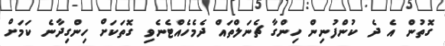
ގޮތުން އެ ދެ ކުންފުނިން ހިންގާ ޗެނަލްތައް ދެމެހެއްޓެނެވި ގޮތަކަށް ހިންގިދާނެ ކަމަށް